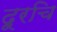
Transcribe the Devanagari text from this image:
दूरचि